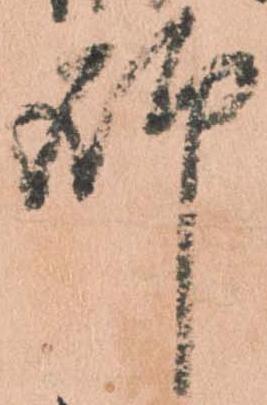
師